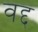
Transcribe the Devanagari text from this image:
वद्द